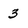
Character: 3